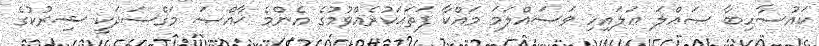
ކައުސާހިބާ ޞައްލަ ޢަލައިހި ވަސައްލަމަ މައްކާ ފަތަޙަކުރެއްވުމުގެ އެންމެ ޚާއްޞަ މަޤްސަދަކީ ޝިރުކުގެ